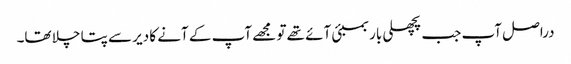
دراصل آپ جب پچھلی بار بمبئی آئے تھے تو مجھے آپ کے آنے کا دیر سے پتا چلا تھا۔